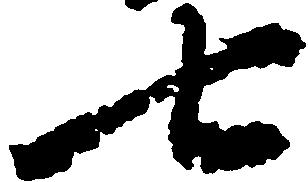
七